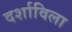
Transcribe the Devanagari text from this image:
दर्शाविला